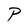
Character: P